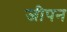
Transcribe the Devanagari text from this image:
जीपन